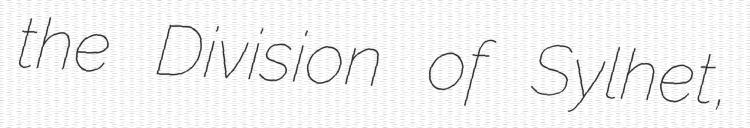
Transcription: the Division of Sylhet,